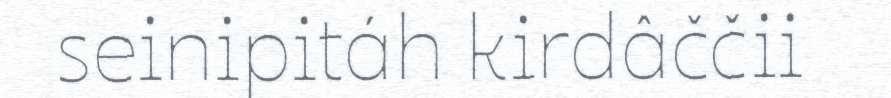
seinipitáh kirdâččii